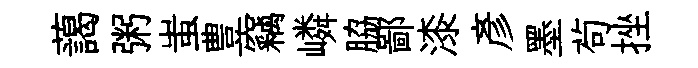
藹粥蚩豊竊嶙脇鄙漆彦墨茍挫